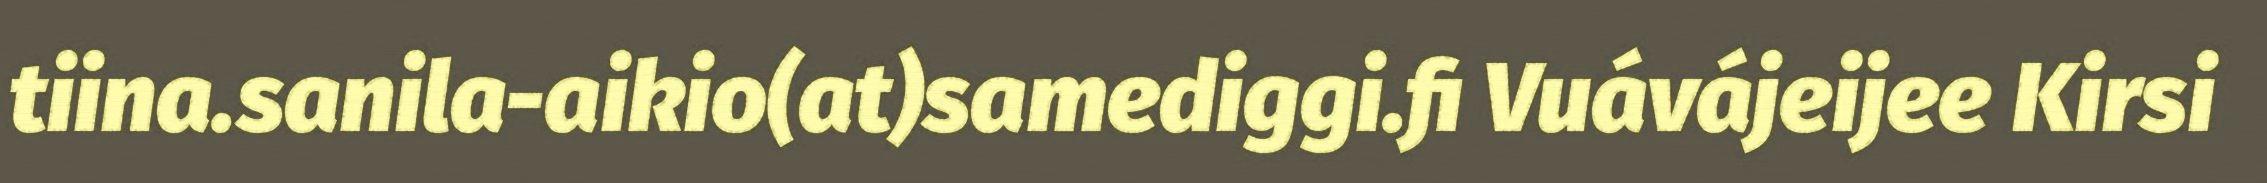
tiina.sanila-aikio(at)samediggi.fi Vuávájeijee Kirsi